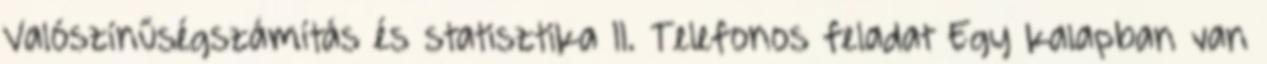
Valószínűségszámítás és statisztika II. Telefonos feladat Egy kalapban van